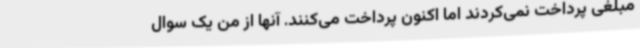
مبلغی پرداخت نمی‌کردند اما اکنون پرداخت می‌کنند. آنها از من یک سوال